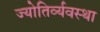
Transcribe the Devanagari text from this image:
ज्योतिर्व्यवस्था